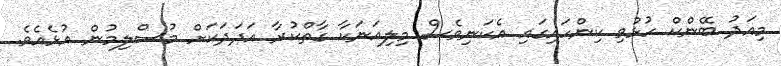
މިއަދު ބޭންކް ހުޅުވި ކިންހައިގައި އެކަނިވެސް މިލިއަނަކާ ގާތްކުރާ އަދަދަކަށް މުސްލިމުން އުޅެއެވެ.